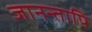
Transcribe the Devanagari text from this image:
जानन्तापि